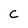
Character: C